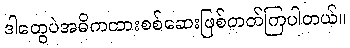
ဒါတွေပဲအဓိကထားစစ်ဆေးဖြစ်တတ်ကြပါတယ်။